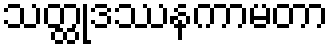
သတ္ထုဒဿနကာမတာ